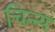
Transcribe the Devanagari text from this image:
चिन्त्य